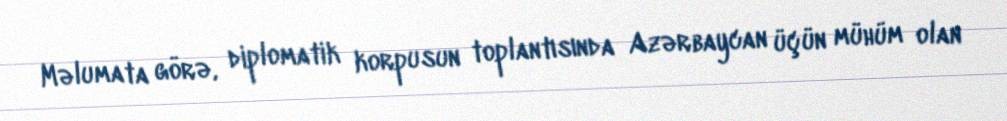
Məlumata görə, diplomatik korpusun toplantısında Azərbaycan üçün mühüm olan